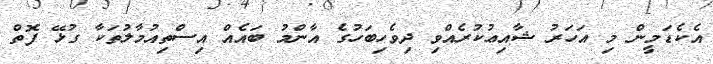
އެކެޑަމީން މި އަހަރު ޝާއިޢުކުރެއްވި ދިވެހިބަހުގެ އާންމު ބައެއް އިސްތިއުމާލުތަކާ ގުޅޭ ފޮތް